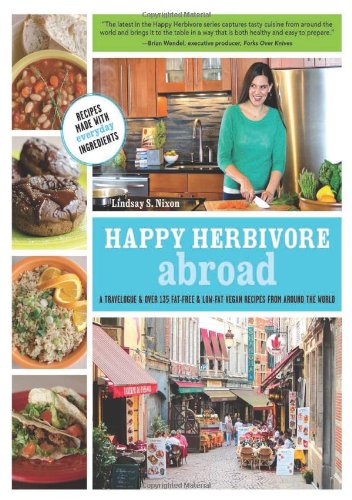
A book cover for Happy Herbivore Abroad: A Travelogue and Over 135 Fat-Free and Low-Fat Vegan Recipes from Around the World; Lindsay S. Nixon; Cookbooks, Food & Wine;